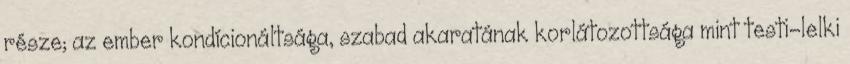
része; az ember kondícionáltsága, szabad akaratának korlátozottsága mint testi-lelki